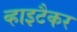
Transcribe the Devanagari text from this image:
व्हाइटैकर